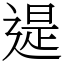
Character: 遈